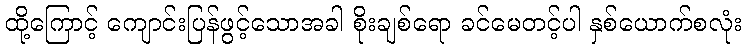
ထို့ကြောင့် ကျောင်းပြန်ဖွင့်သောအခါ စိုးချစ်ရော ခင်မေတင့်ပါ နှစ်ယောက်စလုံး